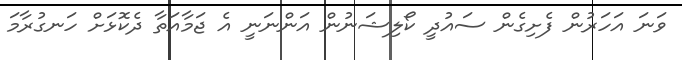
ވަނަ އަހަރުން ފެށިގެން ސައުދީ ކޯލިޝަނުން އަންނަނީ އެ ޖަމާއަތާ ދެކޮޅަށް ހަނގުރާމަ